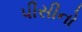
પીસીનો